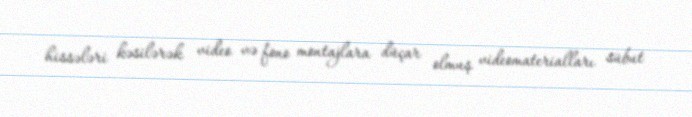
hissələri kəsilərək video və fono montajlara düçar olmuş videomaterialları sübut